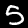
Digit: 5